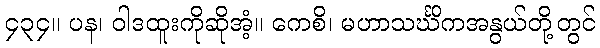
၄၃၄။ ပန၊ ဝါဒထူးကိုဆိုအံ့။ ကေစိ၊ မဟာသင်္ဃိကအနွယ်တို့တွင်